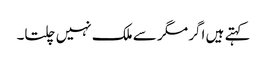
کہتے ہیں اگر مگر سے ملک نہیں چلتا۔